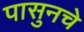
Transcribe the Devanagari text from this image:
पासुनचे